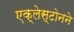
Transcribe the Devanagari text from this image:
एक्लेस्टोनने